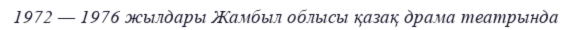
1972 — 1976 жылдары Жамбыл облысы қазақ драма театрында